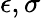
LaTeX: \epsilon,\sigma